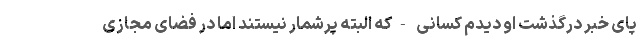
پای خبر درگذشت او دیدم کسانی -که البته پرشمار نیستند اما در فضای مجازی